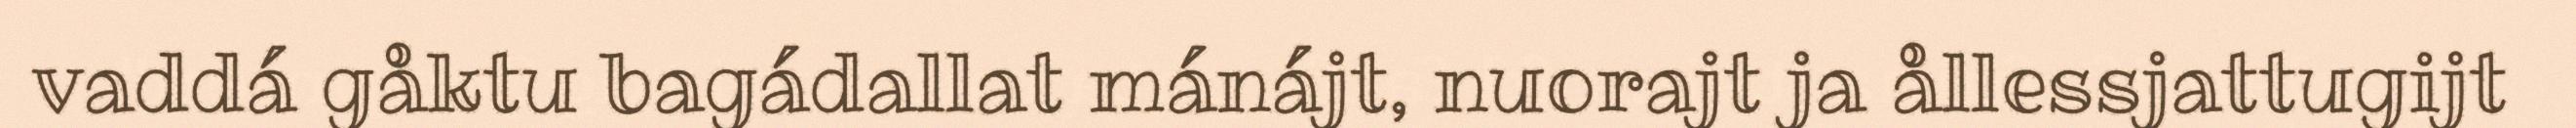
vaddá gåktu bagádallat mánájt, nuorajt ja ållessjattugijt